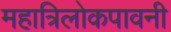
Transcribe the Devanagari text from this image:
महात्रिलोकपावनी